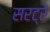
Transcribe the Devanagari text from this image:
सरट्रे